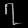
Digit: ၇